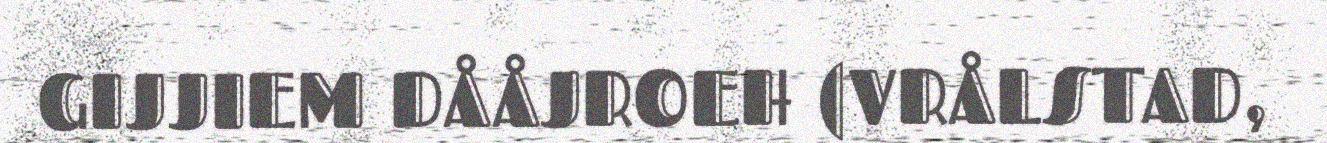
GIJJIEM DÅÅJROEH (VRÅLSTAD,